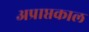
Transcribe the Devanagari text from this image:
अप्राप्तकाल